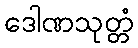
ဒေါဏသုတ္တံ